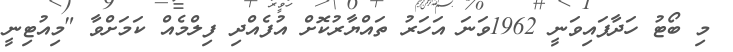
މި ބޯޓު ހަދާފައިވަނީ 1962ވަނަ އަހަރު ތައްޔާރުކޮށް އުފެއްދި ފިލްމެއް ކަމަށްވާ "މިއުޓިނީ